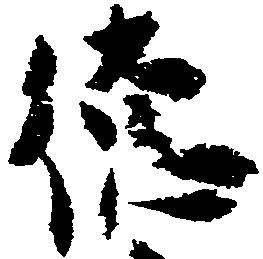
徳